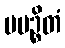
ပပဉ္စိတံ